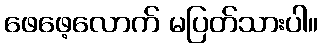
ဖေဖေ့လောက် မပြတ်သားပါ။